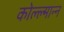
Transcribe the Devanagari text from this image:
कोल्ल्मान्न